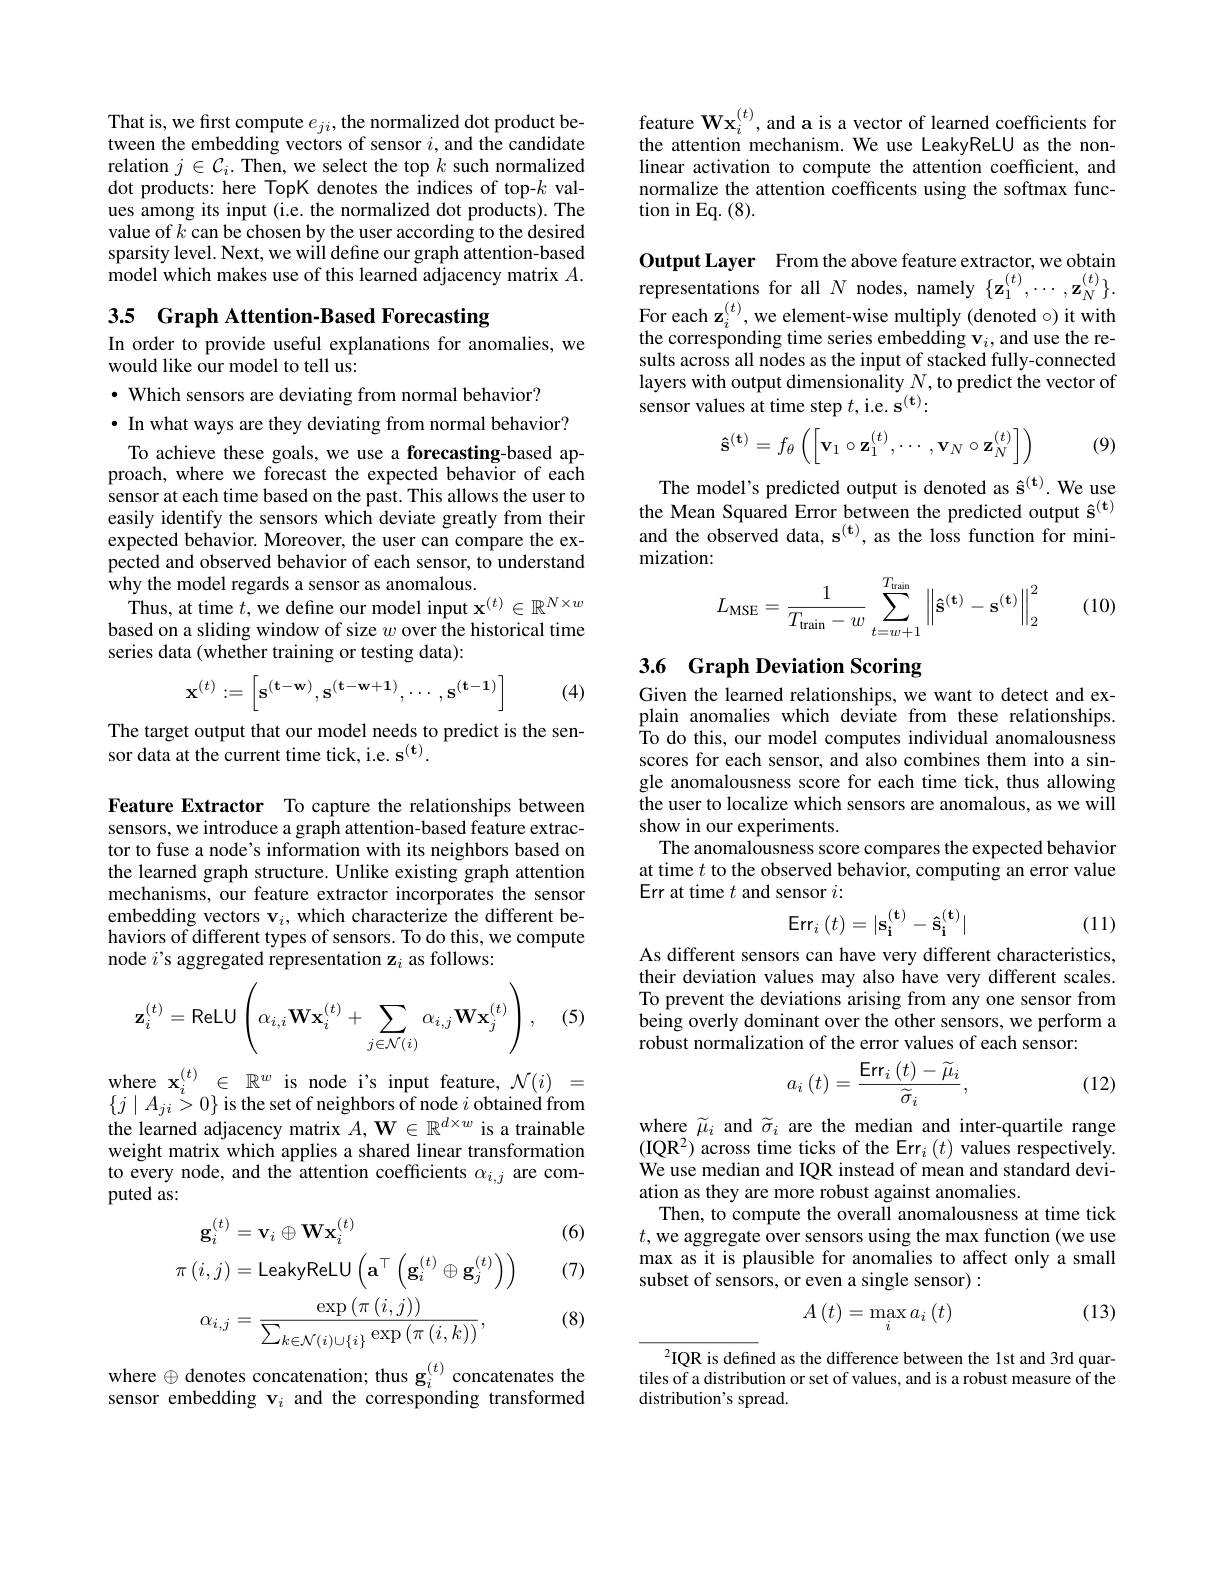
$\begin{array}{l}{\mathrm{That~is,~we~first~compute~}e_{ji},\mathrm{the~normalized~dot~product~be-}}\\{\mathrm{tween~the~embedding~vectors~of~sensor~}i,\mathrm{and~the~candidate}}\end{array}$ relation $j\in\mathcal{C}_i.$ Then, we select the top $k$ such normalized dot products: here TopK denotes the indices of top-$k$ values among its input (i.e. the normalized dot products). The value of $k$ can be chosen by the user according to the desired sparsity level. Next, we will define our graph attention-based model which makes use of this learned adjacency matrix $A.$

3.5 Graph Attention-Based Forecasting

In order to provide useful explanations for anomalies, we
would like our model to tell us:
$\cdot$ Which sensors are deviating from normal behavior?

$\bullet$ In what ways are they deviating from normal behavior?

To achieve these goals, we use a forecasting-based approach, where we forecast the expected behavior of each sensor at each time based on the past. This allows the user to easily identify the sensors which deviate greatly from their expected behavior. Moreover, the user can compare the expected and observed behavior of each sensor, to understand why the model regards a sensor as anomalous.
Thus, at time $t$,we define our model input $\mathbf{x}^{(t)}\in\mathbb{R}^{N\times w}$ based on a sliding window of size $w$ over the historical time series data (whether training or testing data):
$$\mathbf x^{(t)}:=\begin{bmatrix}\mathbf s^{(\mathbf t-\mathbf w)},\mathbf s^{(\mathbf t-\mathbf w+\mathbf1)},\cdots,\mathbf s^{(\mathbf t-\mathbf1)}\end{bmatrix}$$
(4)

The target output that our model needs to predict is the sen-
sor data at the current time tick, i.e. s$^{(\mathbf{t})}.$

Feature Extractor To capture the relationships between sensors, we introduce a graph attention-based feature extractor to fuse a node's information with its neighbors based on the learned graph structure. Unlike existing graph attention mechanisms, our feature extractor incorporates the sensor $\begin{array}{l}\text{embedding vectors v}_{i},\text{which characterize the different be-}\\\text{haviors of different types of sensors.To do this, we compute}\end{array}$ node $i$'s aggregated representation z$_i$ as follows:

(5)
$$\mathbf z_i^{(t)}=\text{ReLU}\left(\alpha_{i,i}\mathbf W\mathbf x_i^{(t)}+\sum_{j\in\mathcal N(i)}\alpha_{i,j}\mathbf W\mathbf x_j^{(t)}\right),$$
where $\mathbf{x}_i^{(t)}\in\mathbb{R}^{w}$ is node i's input feature, $\mathcal{N}(i)=$ $\{j\mid A_{ji}>0\}$ is the set of neighbors of node $i$ obtained from the learned adjacency matrix $A,\mathbf{W}\in\mathbb{R}^{d\times w}$ is a trainable weight matrix which applies a shared linear transformation to every node, and the attention coefficients $\alpha_{i,j}$ are computed as:

(6)

(7)
$$\begin{aligned}\mathbf{g}_{i}^{(t)}&=\mathbf{v}_{i}\oplus\mathbf{W}\mathbf{x}_{i}^{(t)}\\\pi\left(i,j\right)&=\mathsf{LeakyReLU}\left(\mathbf{a}^{\top}\left(\mathbf{g}_{i}^{(t)}\oplus\mathbf{g}_{j}^{(t)}\right)\right)\\\alpha_{i,j}&=\frac{\exp\left(\pi\left(i,j\right)\right)}{\sum_{k\in\mathcal{N}(i)\cup\{i\}}\exp\left(\pi\left(i,k\right)\right)},\end{aligned}$$
(8)

where $\oplus$ denotes concatenation; thus g$_i^{(t)}$ concatenates the sensor embedding v$_i$ and the corresponding transformed

feature $\mathbf{W}\mathbf{x}_i^{(t)}$, and a is a vector of learned coefficients for the attention mechanism. We use LeakyReLU as the nonlinear activation to compute the attention coefficient, and normalize the attention coefficents using the softmax function in Eq. (8).

Output Layer From the above feature extractor, we obtain representations for all $N$ nodes, namely $\{ \mathbf{z} _{1}^{( t) }, \cdots , \mathbf{z} _{N}^{( t) }\} .$ $\text{For each z}_{i}^{( t) }$, we element- wise multiply (denoted o) it with the corresponding time series embedding $\mathbf{v}_i$,and use the results across all nodes as the input of stacked fully-connected layers with output dimensionality $N$,to predict the vector of sensor values at time step $t$,i.e. s$^(\mathbf{t}):$

(9)
$$\mathbf{\hat{s}}^{(\mathbf{t})}=f_\theta\left(\begin{bmatrix}\mathbf{v}_1\circ\mathbf{z}_1^{(t)},\cdots,\mathbf{v}_N\circ\mathbf{z}_N^{(t)}\end{bmatrix}\right)$$
The model's predicted output is denoted as $\hat{\mathbf{s}}^{(\mathbf{t})}.$ We use the Mean Squared Error between the predicted output $\hat{\mathbf{s}}^{(\mathbf{t})}$ and the observed data, s$^{(\mathbf{t})}$, as the loss function for minimization:
$$L_{\mathrm{MSE}}=\frac{1}{T_{\mathrm{train}}-w}\sum_{t=w+1}^{T_{\mathrm{train}}}\left\|\mathbf{\hat{s}}^{(\mathbf{t})}-\mathbf{s}^{(\mathbf{t})}\right\|_{2}^{2}$$
(10)

### 3.6 Graph Deviation Scoring

Given the learned relationships, we want to detect and explain anomalies which deviate from these relationships. To do this, our model computes individual anomalousness scores for each sensor, and also combines them into a single anomalousness score for each time tick, thus allowing the user to localize which sensors are anomalous, as we will show in our experiments.
The anomalousness score compares the expected behavior at time $t$ to the observed behavior, computing an error value Err at time $t$ and sensor $i:$
$$\mathsf{Err}_i\left(t\right)=|\mathbf{s_i^{(t)}}-\mathbf{\hat{s}_i^{(t)}}|$$
(11)

As different sensors can have very different characteristics, their deviation values may also have very different scales. To prevent the deviations arising from any one sensor from being overly dominant over the other sensors, we perform a robust normalization of the error values of each sensor:
$$a_i\left(t\right)=\frac{\mathsf{Err}_i\left(t\right)-\widetilde{\mu}_i}{\widetilde{\sigma}_i},$$
(12)

where $\widetilde{\mu}_i$ and $\widetilde{\sigma}_i$ are the median and inter-quartile range $\begin{array}{l}{(\mathrm{IQR}^{2})\text{ across time ticks of the Err}_{i}(t)\text{ values respectively.}}\\{\mathrm{We~use~median~and~IQR~instead~of~mean~and~standard~devi-}}\end{array}$ ation as they are more robust against anomalies.
Then, to compute the overall anomalousness at time tick $t$,we aggregate over sensors using the max function (we use max as it is plausible for anomalies to affect only a small subset of sensors, or even a single sensor):

(13)
$$A\left(t\right)=\max\limits_{i}a_{i}\left(t\right)$$
$^{2}$IQR is defined as the difference between the 1st and 3rd quartiles of a distribution or set of values, and is a robust measure of the distribution's spread.